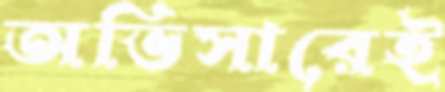
অভিসারেই